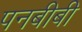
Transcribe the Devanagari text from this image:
पनबीबी